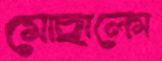
মোছালেম